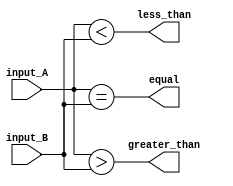
module comparator_16bit (
    input [15:0] input_A,
    input [15:0] input_B,
    output equal,
    output greater_than,
    output less_than
);

assign equal = (input_A == input_B);
assign greater_than = (input_A > input_B);
assign less_than = (input_A < input_B);

endmodule